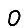
Digit: 0